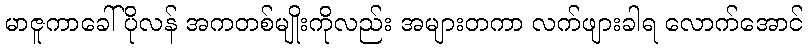
မာဇူကာခေါ် ပိုလန် အကတစ်မျိုးကိုလည်း အများတကာ လက်ဖျားခါရ လောက်အောင်